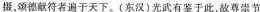
摄，颂德献符者遍于天下。(东汉)光武有鉴于此，故尊崇节